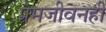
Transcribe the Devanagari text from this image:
प्रेमजीवनही